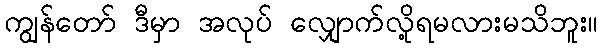
ကျွန်တော် ဒီမှာ အလုပ် လျှောက်လို့ရမလားမသိဘူး။